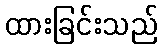
ထားခြင်းသည်